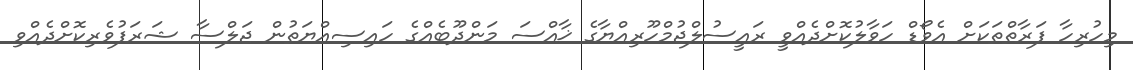
މިހުރިހާ ފަރާތްތަކަށް އެވޯޑް ހަވާލުކޮށްދެއްވީ ރައީސުލްޖުމްހޫރިއްޔާގެ ޚާއްސަ މަންދޫބެއްގެ ހައިސިއްޔަތުން ޖަލްސާ ޝަރަފުވެރިކޮށްދެއްވި